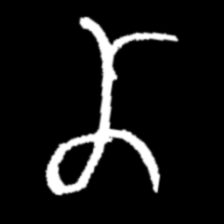
Pyu character \u2014 Myanmar letter: ဏ (romanized: nna)